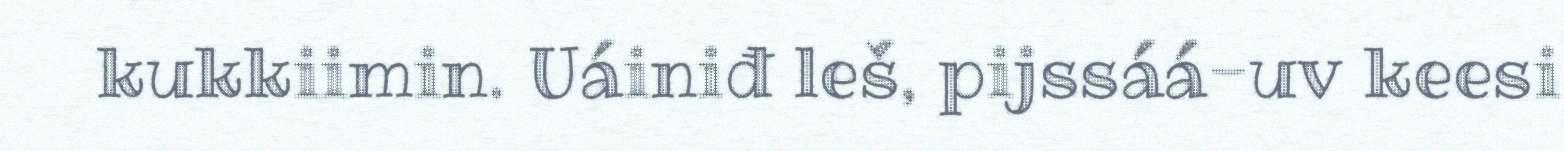
kukkiimin. Uáiniđ leš, pijssáá-uv keesi